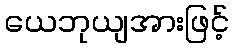
ယေဘုယျအားဖြင့်